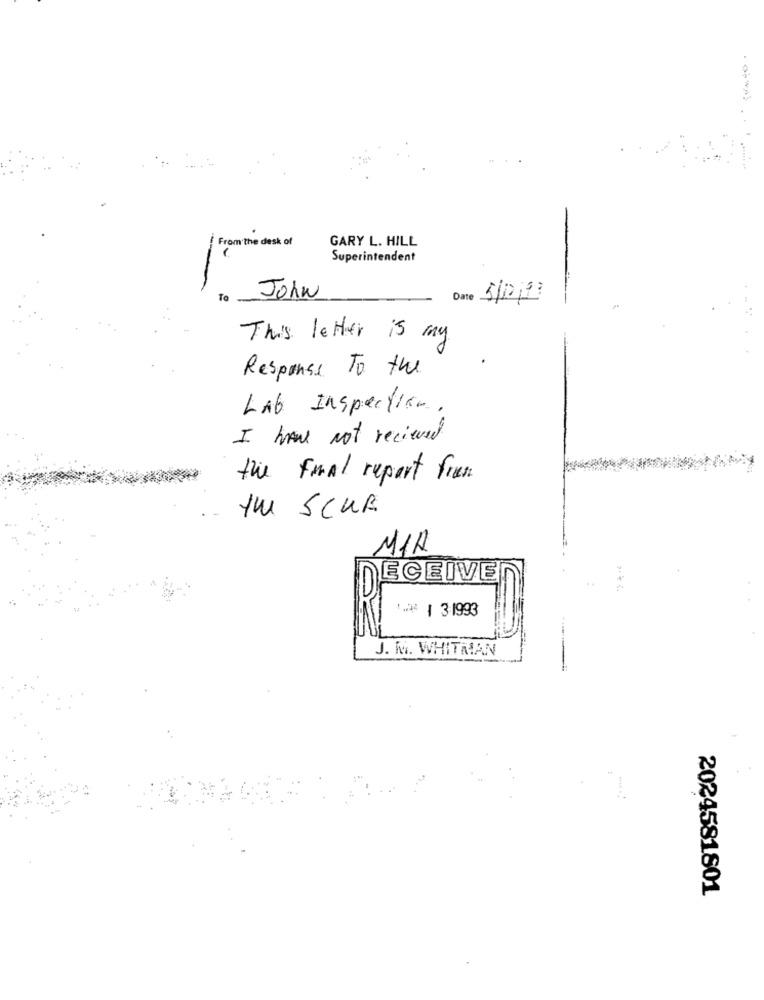
From the desk of
GARY L. HILL
Superintendent
To
John
Date 5/12/93
This letter is my
Response To the
Lab Inspection.
I have not recieved
the final report frem
YU SCUR
M/h
ECEIVE
1 | 31993
J. M. WHITMAN
2024581801